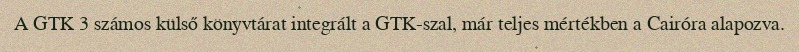
A GTK 3 számos külső könyvtárat integrált a GTK-szal, már teljes mértékben a Cairóra alapozva.